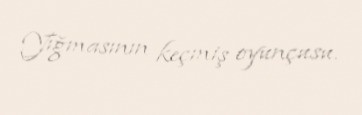
Yığmasının keçmiş oyunçusu.